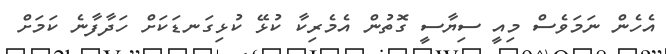
އެހެން ނަމަވެސް މިއީ ސިޔާސީ ގޮތުން އެމެރިކާ ކުޅޭ ކުޅިގަނޑަކަށް ހަދާފާނެ ކަމަށް